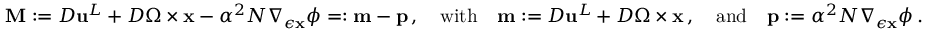
\mathbf { M } : = { D } { \mathbf { u } } ^ { L } + { D } \boldsymbol { \Omega } \times { \mathbf { x } } - \alpha ^ { 2 } N \nabla _ { \epsilon { \mathbf { x } } } \phi = : \mathbf { m } - \mathbf { p } \, , \quad \mathrm { w i t h } \quad \mathbf { m } : = { D } { \mathbf { u } } ^ { L } + { D } \boldsymbol { \Omega } \times { \mathbf { x } } \, , \quad \mathrm { a n d } \quad \mathbf { p } : = \alpha ^ { 2 } N \nabla _ { \epsilon { \mathbf { x } } } \phi \, .